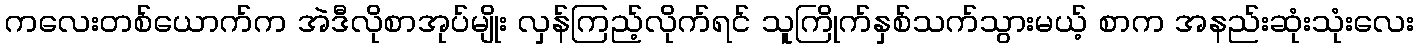
ကလေးတစ်ယောက်က အဲဒီလိုစာအုပ်မျိုး လှန်ကြည့်လိုက်ရင် သူကြိုက်နှစ်သက်သွားမယ့် စာက အနည်းဆုံးသုံးလေး